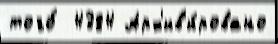
того́  4384 Арх'ив'и́ровано